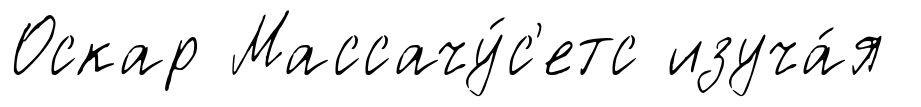
Оскар Массачу́с'етс изуча́я